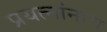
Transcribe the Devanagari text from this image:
प्रयत्नांनाच